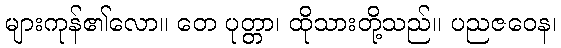
များကုန်၏လော။ တေ ပုတ္တာ၊ ထိုသားတို့သည်။ ပညဇဝေန၊